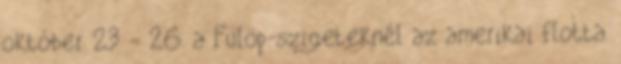
október 23 - 26. a Fülöp-szigeteknél az amerikai flotta